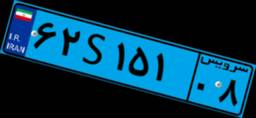
۶۲S۱۵۱۰۸